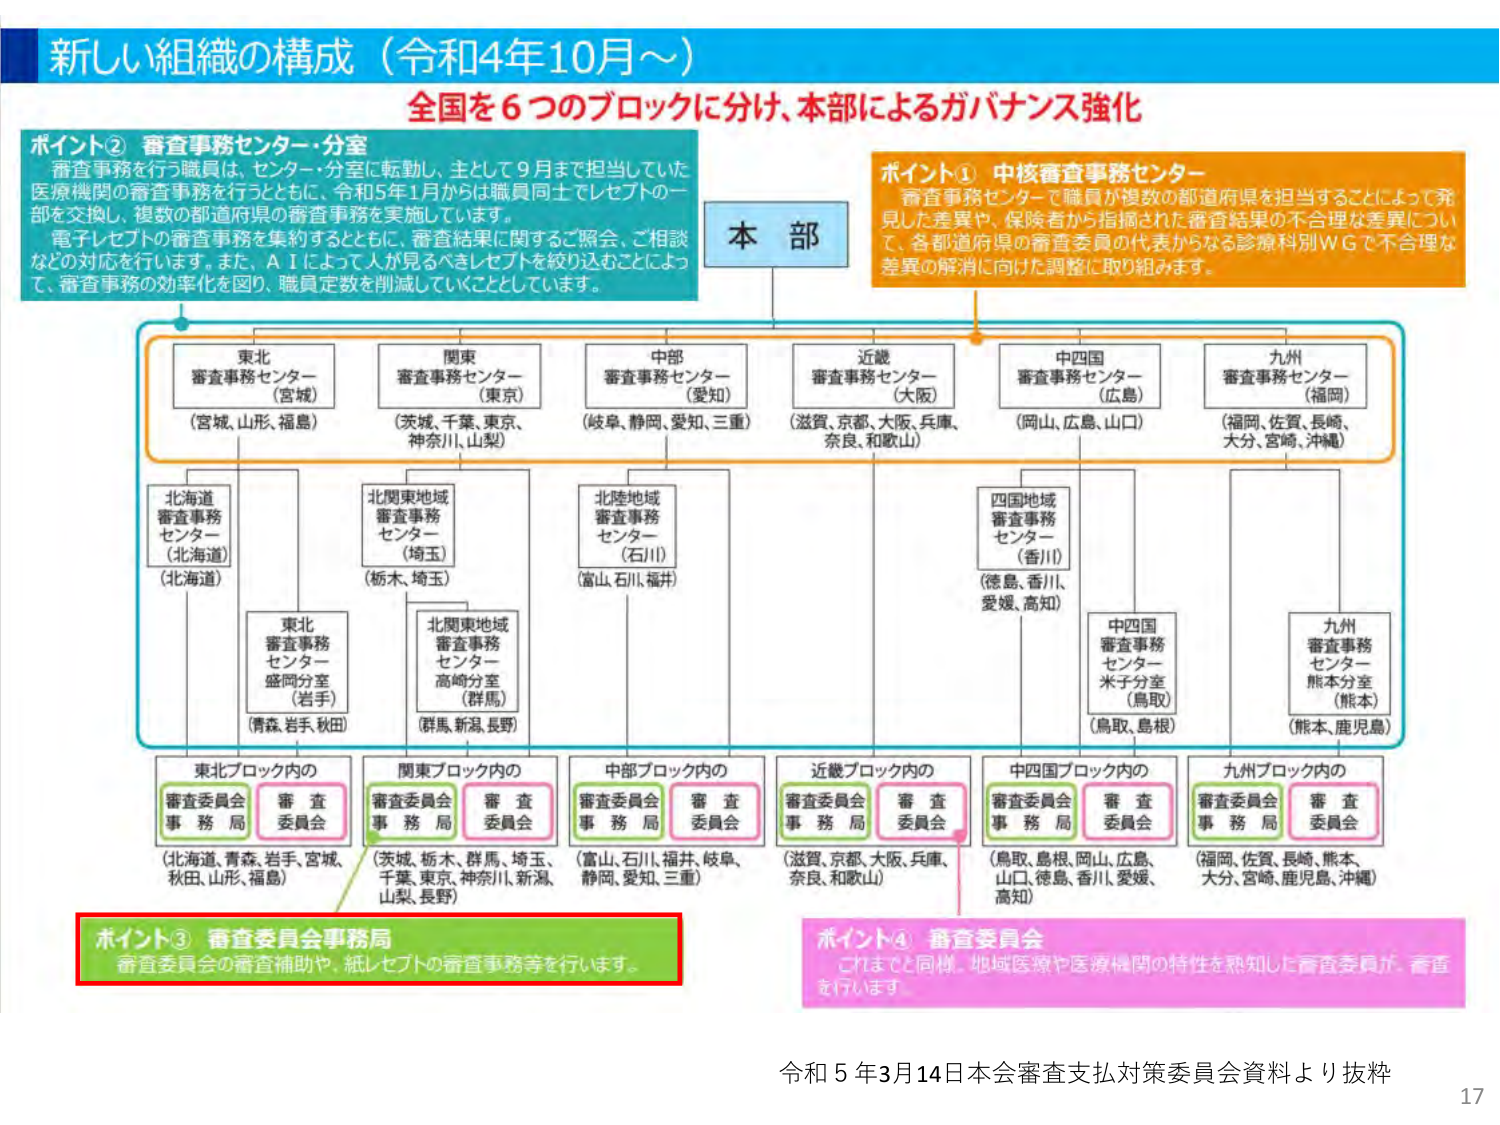
新しい組織の構成（令和4年10月～）
全国を6つのブロックに分け、本部によるガバナンス強化

ポイント② 審査事務センター・分室
審査事務を行う職員は、センター・分室に転勤し、主として9月まで担当していた医療機関の審査事務を行うとともに、令和5年1月からは職員同士でレセプトの一部を交換し、複数の都道府県の審査事務を実施しています。
電子レセプトの審査事務を集約するとともに、審査結果に関するご照会、ご相談などの対応を行います。また、AIによって人が見るべきレセプトを絞り込むことによって、審査事務の効率化を図り、職員定数を削減していくこととしています。

本部

ポイント① 中核審査事務センター
審査事務センターで職員が複数の都道府県を担当することによって発見した差異や、保険者から指摘された審査結果の不合理な差異について、各都道府県の審査委員の代表からなる診療科別WGで不合理な差異の解消に向けた調整に取り組みます。

東北
審査事務センター
（宮城）
（宮城、山形、福島）

関東
審査事務センター
（東京）
（茨城、千葉、東京、神奈川、山梨）

中部
審査事務センター
（愛知）
（岐阜、静岡、愛知、三重）

近畿
審査事務センター
（大阪）
（滋賀、京都、大阪、兵庫、奈良、和歌山）

中四国
審査事務センター
（広島）
（岡山、広島、山口）

九州
審査事務センター
（福岡）
（福岡、佐賀、長崎、大分、宮崎、沖縄）

北海道
審査事務センター
（北海道）
（北海道）

北関東地域
審査事務センター
（埼玉）
（栃木、埼玉）

北陸地域
審査事務センター
（石川）
（富山、石川、福井）

四国地域
審査事務センター
（香川）
（徳島、香川、愛媛、高知）

中四国
審査事務センター
米子分室
（鳥取）
（鳥取、島根）

九州
審査事務センター
熊本分室
（熊本）
（熊本、鹿児島）

東北
審査事務センター
盛岡分室
（岩手）
（青森、岩手、秋田）

北関東地域
審査事務センター
高崎分室
（群馬）
（群馬、新潟、長野）

東北ブロック内の
審査委員会
事務局
審査委員会
（北海道、青森、岩手、宮城、秋田、山形、福島）

関東ブロック内の
審査委員会
事務局
審査委員会
（茨城、栃木、群馬、埼玉、千葉、東京、神奈川、新潟、山梨、長野）

中部ブロック内の
審査委員会
事務局
審査委員会
（富山、石川、福井、岐阜、静岡、愛知、三重）

近畿ブロック内の
審査委員会
事務局
審査委員会
（滋賀、京都、大阪、兵庫、奈良、和歌山）

中四国ブロック内の
審査委員会
事務局
審査委員会
（鳥取、島根、岡山、広島、山口、徳島、香川、愛媛、高知）

九州ブロック内の
審査委員会
事務局
審査委員会
（福岡、佐賀、長崎、熊本、大分、宮崎、鹿児島、沖縄）

ポイント③ 審査委員会事務局
審査委員会の審査補助や、紙レセプトの審査事務等を行います。

ポイント④ 審査委員会
これまでと同様、地域医療や医療機関の特性を熟知した審査委員が、審査を行います。

令和5年3月14日日本会審査支払対策委員会資料より抜粋
17